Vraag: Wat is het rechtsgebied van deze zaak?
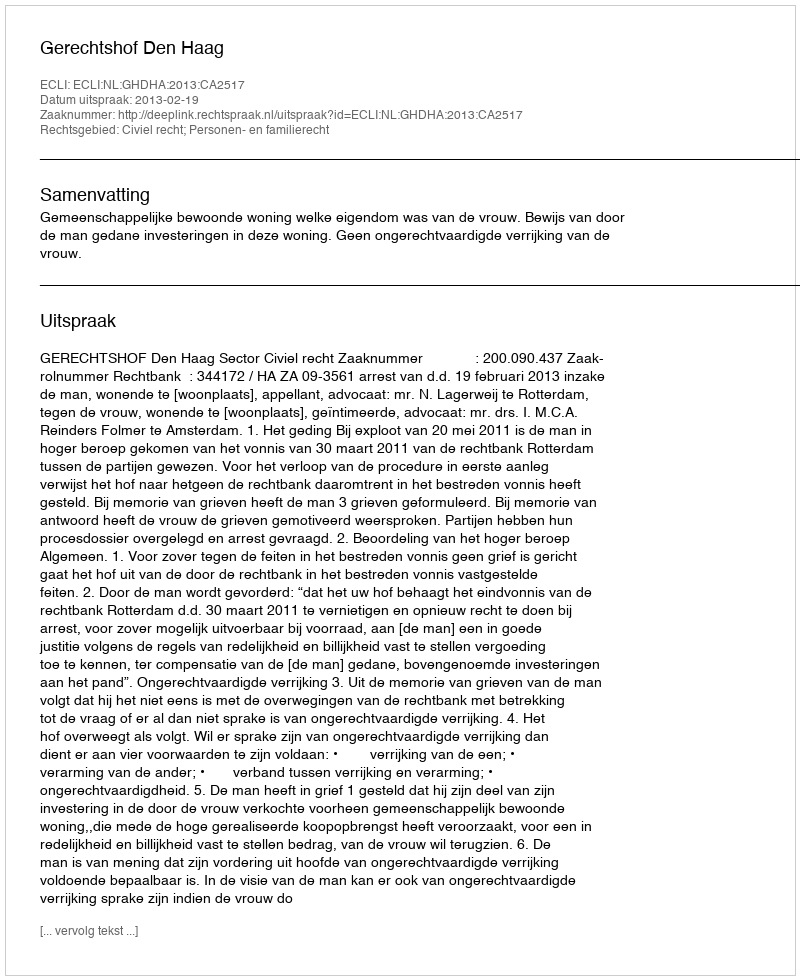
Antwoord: Civiel recht; Personen- en familierecht